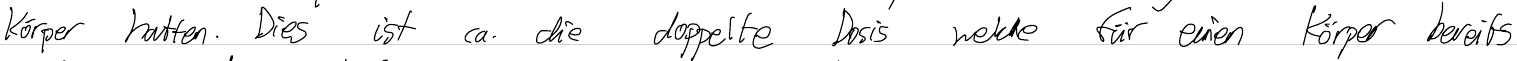
Körper hatten. Dies ist ca. die doppelte Dosis welche für einen Körper bereits